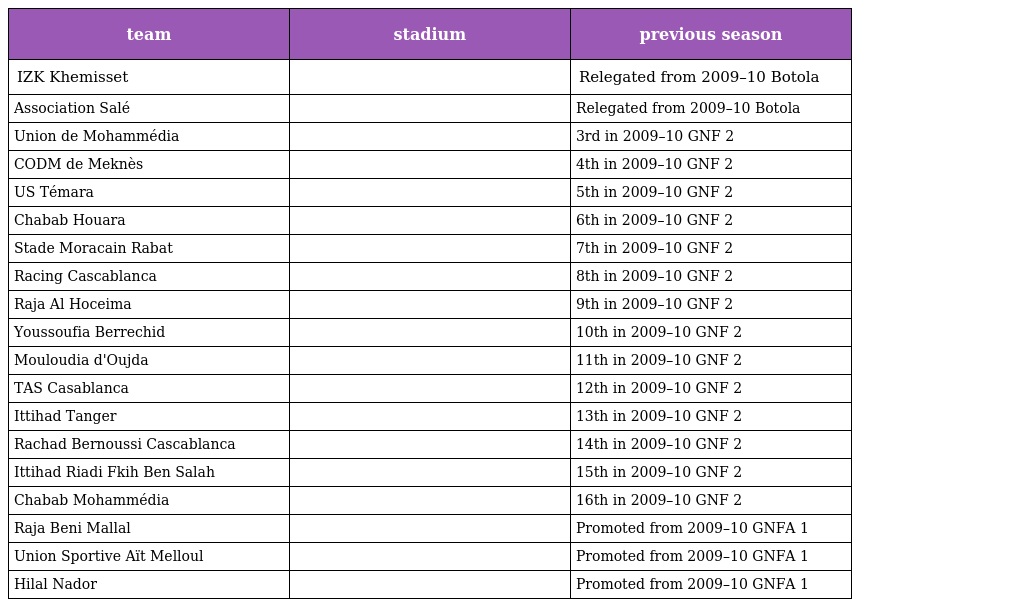
| team | stadium | previous season |
 | --- | --- | --- |
 | IZK Khemisset |  | Relegated from 2009–10 Botola |
 | Association Salé |  | Relegated from 2009–10 Botola |
 | Union de Mohammédia |  | 3rd in 2009–10 GNF 2 |
 | CODM de Meknès |  | 4th in 2009–10 GNF 2 |
 | US Témara |  | 5th in 2009–10 GNF 2 |
 | Chabab Houara |  | 6th in 2009–10 GNF 2 |
 | Stade Moracain Rabat |  | 7th in 2009–10 GNF 2 |
 | Racing Cascablanca |  | 8th in 2009–10 GNF 2 |
 | Raja Al Hoceima |  | 9th in 2009–10 GNF 2 |
 | Youssoufia Berrechid |  | 10th in 2009–10 GNF 2 |
 | Mouloudia d'Oujda |  | 11th in 2009–10 GNF 2 |
 | TAS Casablanca |  | 12th in 2009–10 GNF 2 |
 | Ittihad Tanger |  | 13th in 2009–10 GNF 2 |
 | Rachad Bernoussi Cascablanca |  | 14th in 2009–10 GNF 2 |
 | Ittihad Riadi Fkih Ben Salah |  | 15th in 2009–10 GNF 2 |
 | Chabab Mohammédia |  | 16th in 2009–10 GNF 2 |
 | Raja Beni Mallal |  | Promoted from 2009–10 GNFA 1 |
 | Union Sportive Aït Melloul |  | Promoted from 2009–10 GNFA 1 |
 | Hilal Nador |  | Promoted from 2009–10 GNFA 1 |